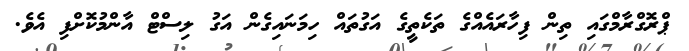
ޕްރޮގްރާމްގައި ތިން ފިހާރައެއްގެ ތަކެތީގެ އަގުތައް ހިމަނައިގެން އަގު ލިސްޓް އާންމުކޮށްފި އެވެ.